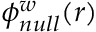
\phi _ { n u l l } ^ { w } ( r )